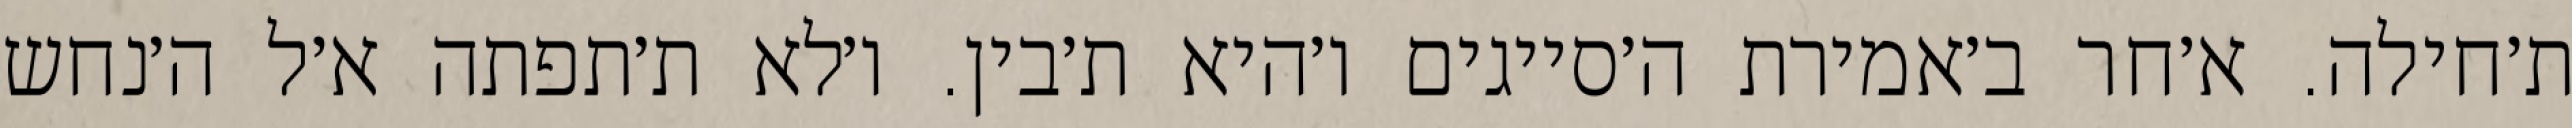
ת׳חילה. א׳חר ב׳אמירת ה׳סייגים ו׳היא ת׳בין. ו׳לא ת׳תפתה א׳ל ה׳נחש